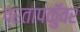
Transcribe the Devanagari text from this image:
प्रतापकुॅवर